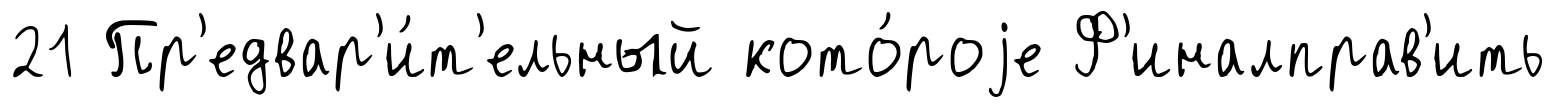
21 Пр'едвар'и́т'ельный кото́роjе Ф'иналправ'ить